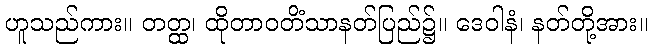
ဟူသည်ကား။ တတ္ထ၊ ထိုတာဝတိံသာနတ်ပြည်၌။ ဒေဝါနံ၊ နတ်တို့အား။